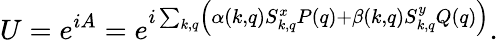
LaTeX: U=e^{iA}=e^{i\sum_{k,q}\left(\alpha(k,q)S_{k,q}^{x}P(q)+\beta(k,q)S_{k,q}^{y}Q(q)\right)}.